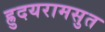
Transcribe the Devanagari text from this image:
ह्रुदयरामसुत